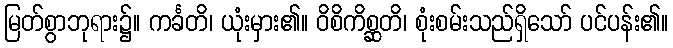
မြတ်စွာဘုရား၌။ ကင်္ခတိ၊ ယုံးမှား၏။ ဝိစိကိစ္ဆတိ၊ စုံးစမ်းသည်ရှိသော် ပင်ပန်း၏။